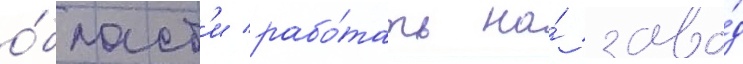
о́бласт'и рабо́тать на́ заво́д